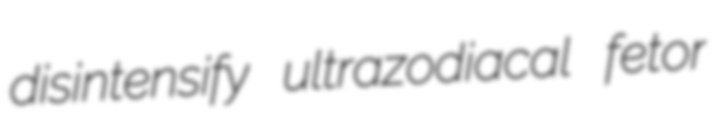
disintensify ultrazodiacal fetor